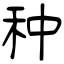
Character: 种